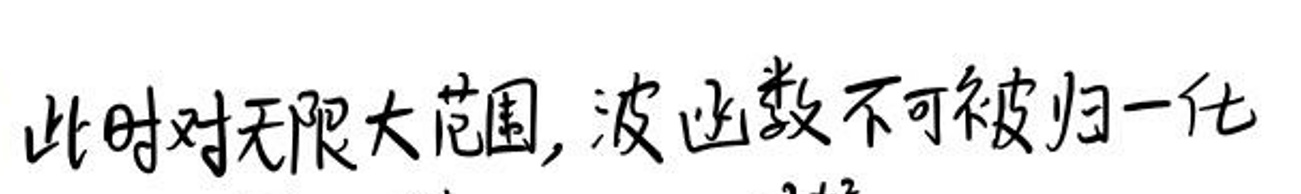
此时对无限大范围，波函数不可被归一